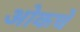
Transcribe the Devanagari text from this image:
ओकचे